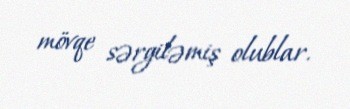
mövqe sərgiləmiş olublar.